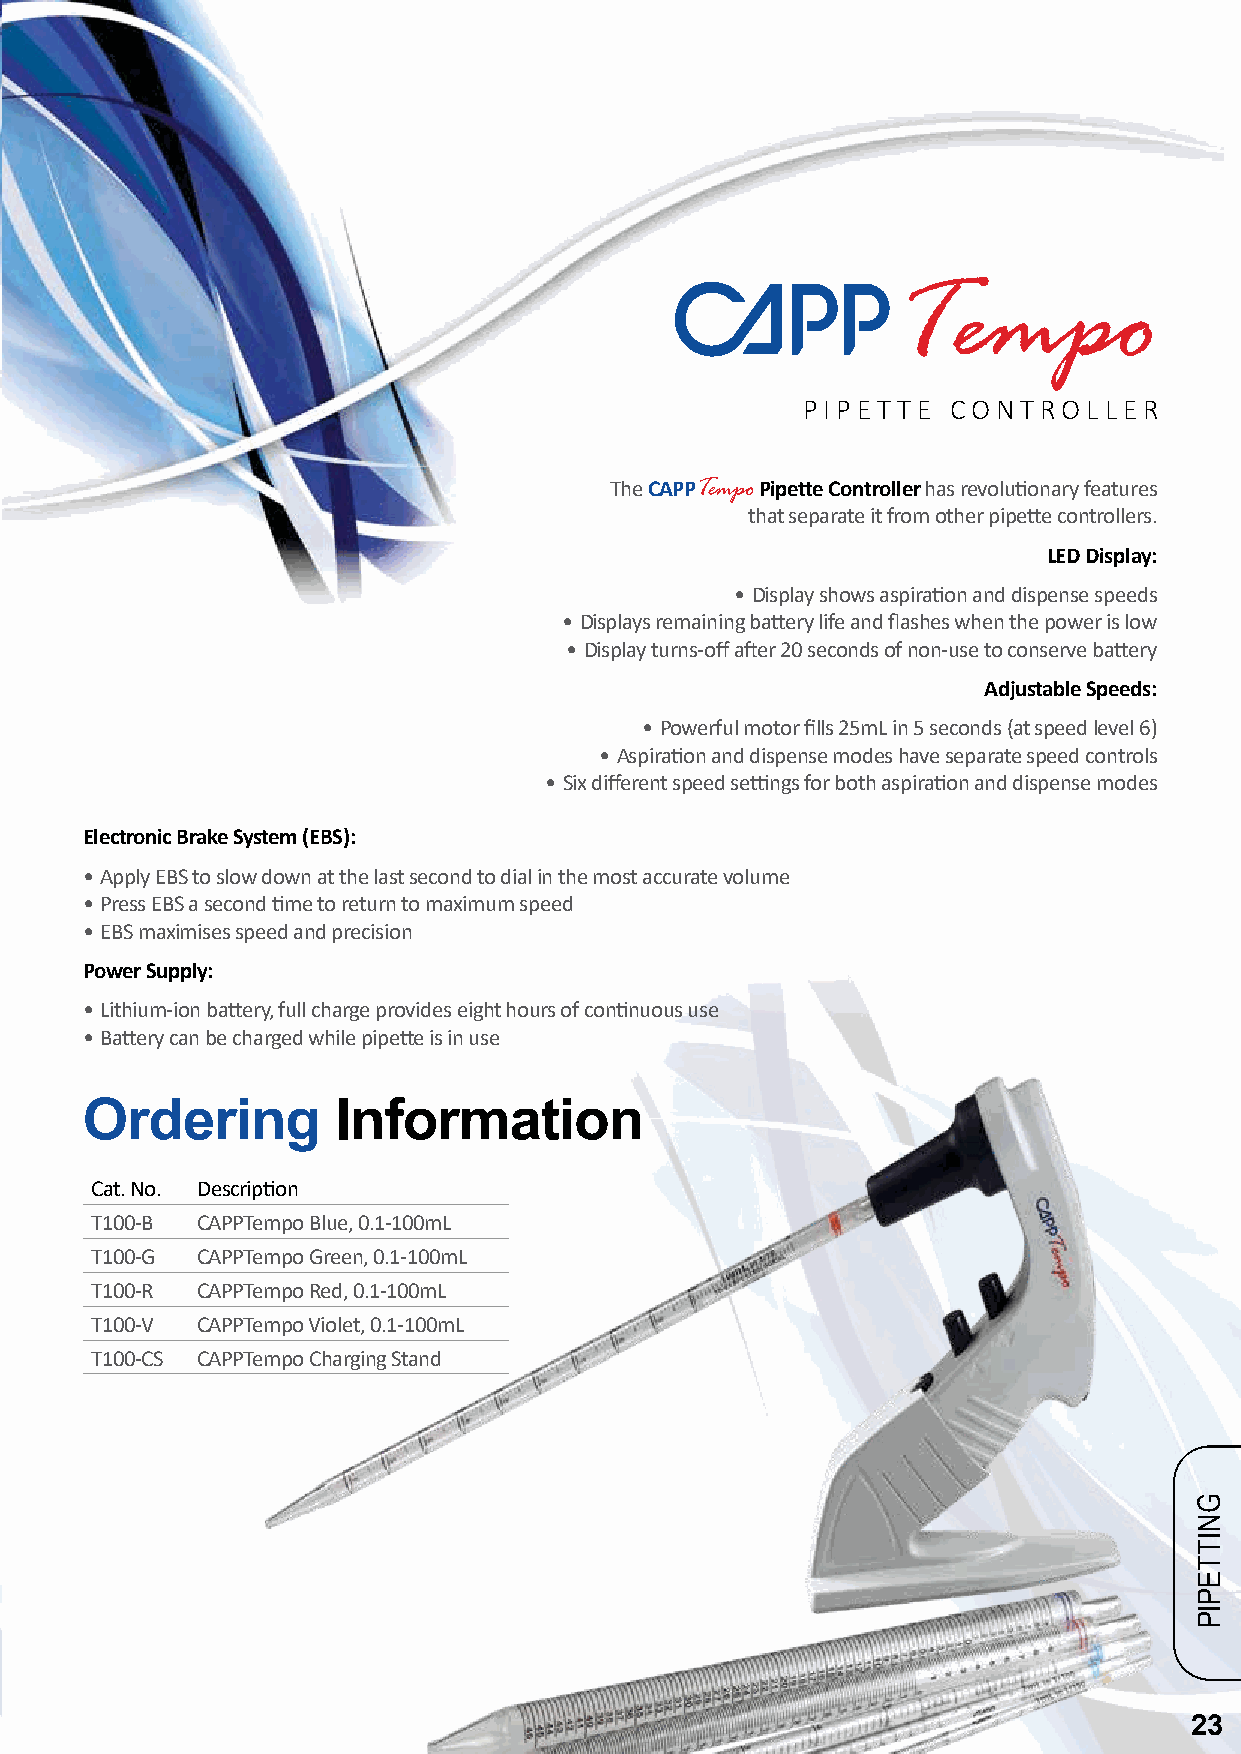
Tempo
 PIPET TE  CONTROLLER
 The CAPPTempo Pipette Controller has revolutionary features
 that separate it from other pipette controllers.
 LED Display:
 • Display shows aspiration and dispense speeds
 • Displays remaining battery life and flashes when the power is low
 • Display turns-off after 20 seconds of non-use to conserve battery
 Adjustable Speeds:
 • Powerful motor fills 25mL in 5 seconds (at speed level 6)
 • Aspiration and dispense modes have separate speed controls
 • Six different speed settings for both aspiration and dispense modes
 Electronic Brake System (EBS):
 • Apply EBS to slow down at the last second to dial in the most accurate volume
 • Press EBS a second time to return to maximum speed
 • EBS maximises speed and precision
 Power Supply:
 • Lithium-ion battery, full charge provides eight hours of continuous use
 • Battery can be charged while pipette is in use
 Ordering         Information
 Cat. No. Description
 T100-B CAPPTempo Blue, 0.1-100mL
 T100-G CAPPTempo Green, 0.1-100mL
 T100-R CAPPTempo Red, 0.1-100mL
 T100-V CAPPTempo Violet, 0.1-100mL
 T100-CS CAPPTempo Charging Stand
 23
 GNITTEPIP